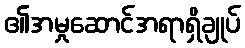
၏အမှုဆောင်အရာရှိချုပ်